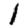
Digit: 1